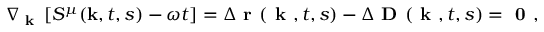
\begin{array} { r } { \nabla _ { \textbf { k } } \left[ S ^ { \mu } ( \mathbf { k } , t , s ) - \omega t \right] = \Delta \textbf { r } ( \textbf { k } , t , s ) - \Delta \textbf { D } ( \textbf { k } , t , s ) = \textbf { 0 } , } \end{array}